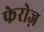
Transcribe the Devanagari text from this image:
फेरोज़